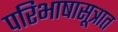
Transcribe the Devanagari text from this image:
परिभाषासूत्रात